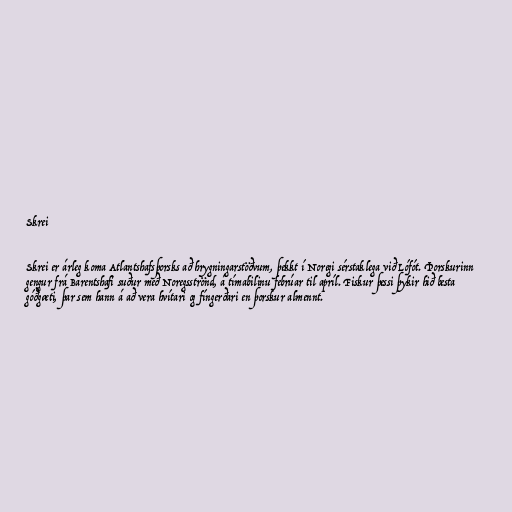
Skrei

Skrei er árleg koma Atlantshafsþorsks að hrygningarstöðvum, þekkt í Noregi sérstaklega við Lófót. Þorskurinn
gengur frá Barentshafi suður með Noregsströnd, á tímabilinu febrúar til apríl. Fiskur þessi þykir hið besta
góðgæti, þar sem hann á að vera hvítari og fíngerðari en þorskur almennt.